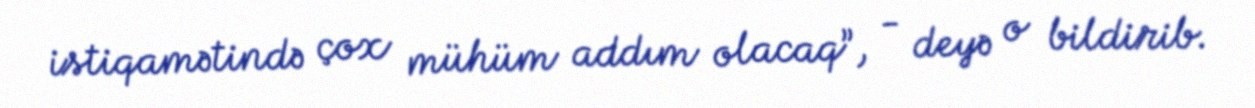
istiqamətində çox mühüm addım olacaq”, - deyə o bildirib.